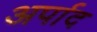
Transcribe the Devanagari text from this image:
अर्पाद